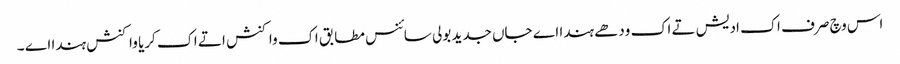
اس وچ صرف اک ادیش تے اک ودھے ہندا اے جاں جدید بولی سائنس مطابق اک واکنش اتے اک کریا واکنش ہندا اے ۔